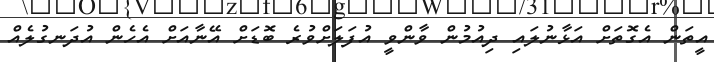
އީތަން އެގޮތަށް އަޅާނުލައި ދިއުމުން ވާންވީ އުފަލަށްވުރެ ބޮޑަށް އޭނާއަށް އެހެން އުދަނގުލެއް